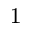
^ 1